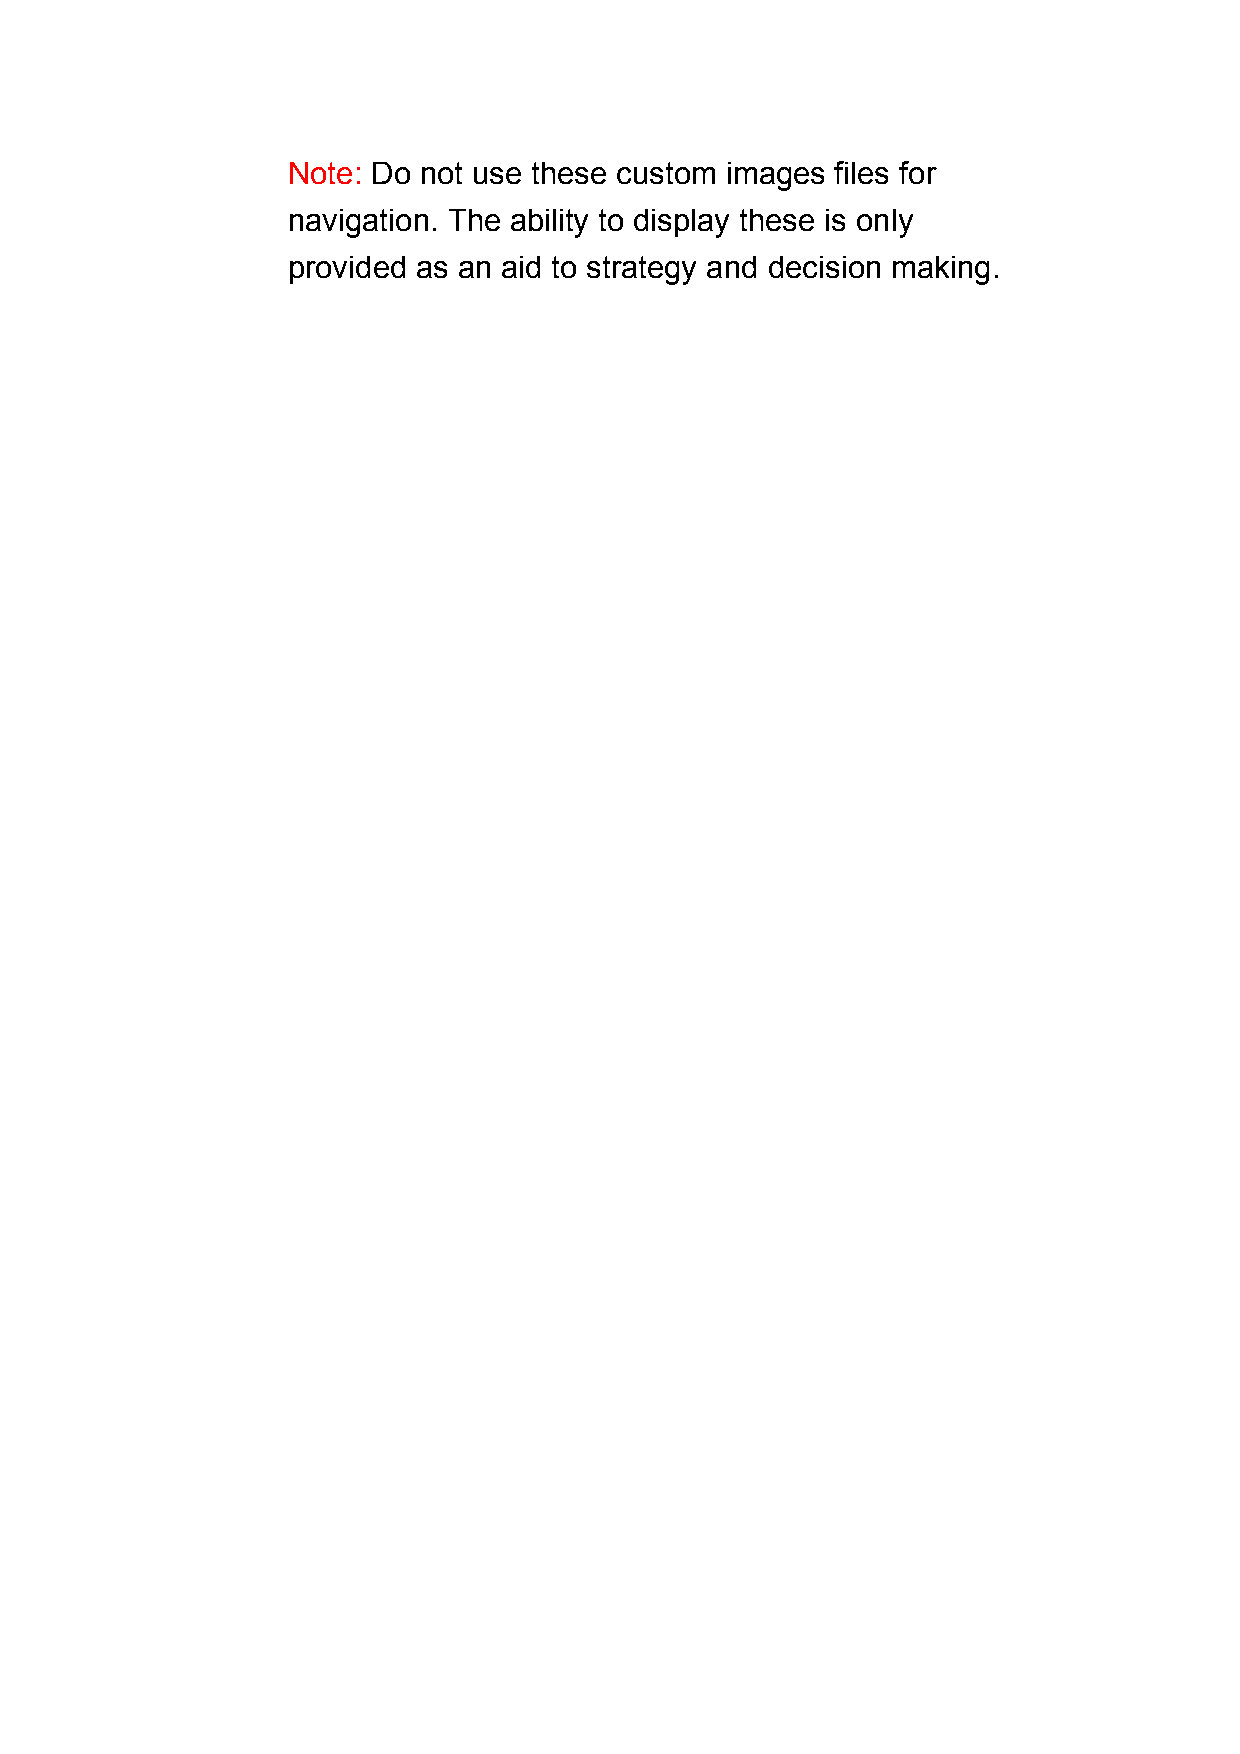
Note: Do not use these custom images files for
 navigation. The ability to display these is only
 provided as an aid to strategy and decision making.